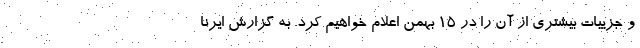
و جزییات بیشتری از آن را در ۱۵ بهمن اعلام خواهیم کرد. به گزارش ایرنا